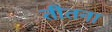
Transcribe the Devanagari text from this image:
तीतना